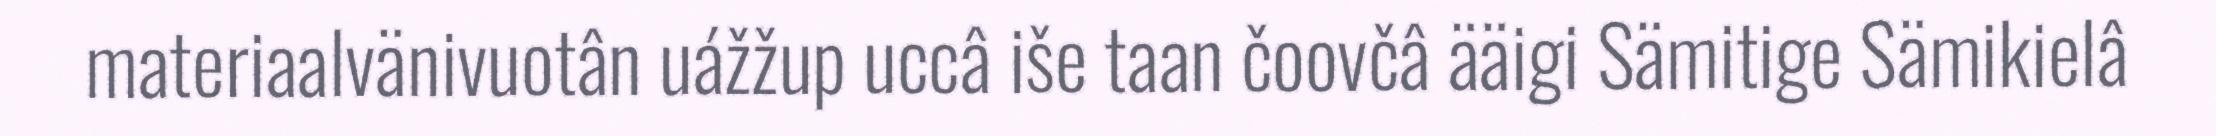
materiaalvänivuotân uážžup uccâ iše taan čoovčâ ääigi Sämitige Sämikielâ